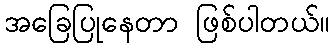
အခြေပြုနေတာ ဖြစ်ပါတယ်။